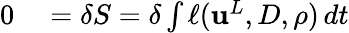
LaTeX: \begin{array}{rl}{0}&{{}=\delta S=\delta\int\ell({\mathbf{u}}^{L},{D},\rho)\, dt}\end{array}